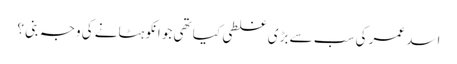
اسد عمر کی سب سے بڑی غلطی کیا تھی جو انکو ہٹانے کی وجہ بنی ؟